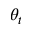
\theta _ { t }